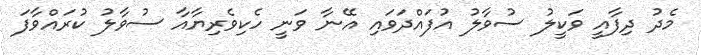
މެދު ދިފާއީ ވަކީލު ސުވާލު އުފައްދަވައި އޭނާ ވަނީ ހެކިވެރިޔާއާ ސުވާލު ކުރައްވާފަ